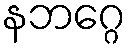
နဘဂ္ဂေ